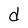
Character: d